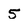
Character: 5